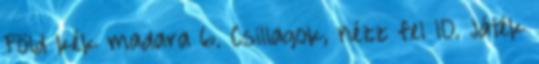
Föld kék madara 6. Csillagok, nézz fel 10. Játék